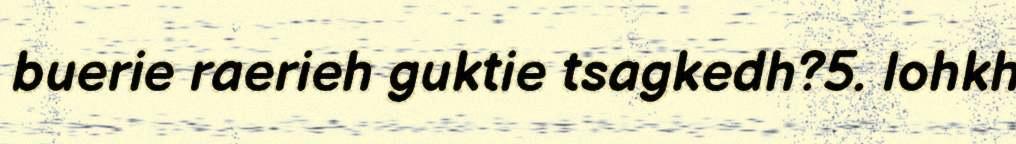
buerie raerieh guktie tsagkedh?5. lohkh